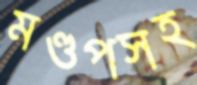
মণ্ডপসহ